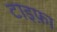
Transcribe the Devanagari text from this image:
टाइफ़ा